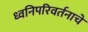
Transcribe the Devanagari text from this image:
ध्वनिपरिवर्तनाचे